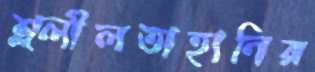
শ্ল্লীলতাহানির